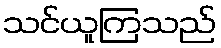
သင်ယူကြသည်